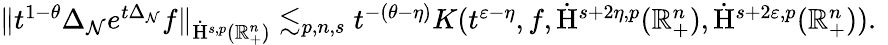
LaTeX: \begin{array}{r}{\lVert t^{1-\theta}\Delta_{\mathcal{N}}e^{t\Delta_{\mathcal{N}}}f\rVert_{\dot{\mathrm{H}}^{s,p}(\mathbb{R}_{+}^{n})}\lesssim_{p,n,s}t^{-(\theta-\eta)}K(t^{\varepsilon-\eta},f,\dot{\mathrm{H}}^{s+2\eta,p}(\mathbb{R}_{+}^{n}),\dot{\mathrm{H}}^{s+2\varepsilon,p}(\mathbb{R}_{+}^{n}))\mathrm{.~}}\end{array}